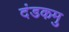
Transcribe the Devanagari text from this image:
दंडकमु